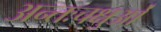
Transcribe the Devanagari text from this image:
अन्तःचक्षुओं